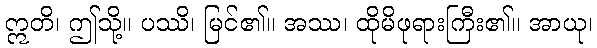
ဣတိ၊ ဤသို့။ ပဿိ၊ မြင်၏။ အဿ၊ ထိုမိဖုရားကြီး၏။ အာယု၊